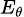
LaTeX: \scriptstyle{E_{\theta}}